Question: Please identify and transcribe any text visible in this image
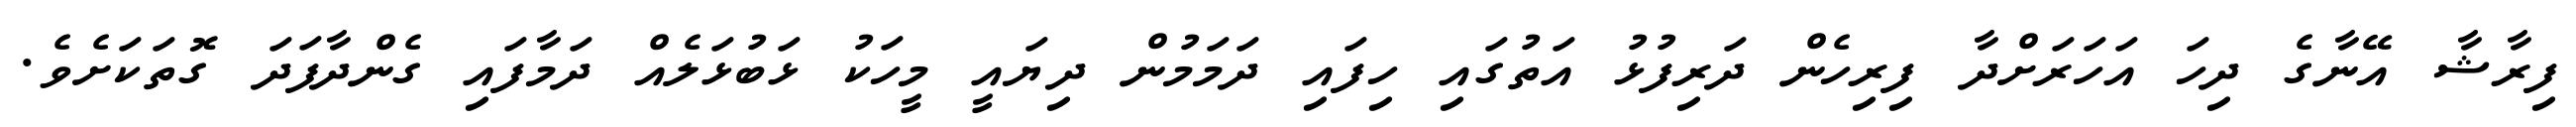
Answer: ފިރާޝާ އޭނާގެ ދިހަ އަހަރަށްދާ ފިރިހެން ދަރިފުޅު އަތުގައި ހިފައި ދަމަމުން ދިޔައީ މީހަކު ޅަބުޅަލެއް ދަމާފައި ގެންދާފަދަ ގޮތަކަށެވެ.